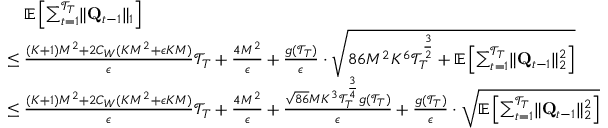
\begin{array} { r l } & { \quad \mathbb E \left[ \sum _ { t = 1 } ^ { \mathcal T _ { T } } \lVert \mathbf Q _ { t - 1 } \rVert _ { 1 } \right] } \\ & { \le \frac { ( K + 1 ) M ^ { 2 } + 2 C _ { W } ( K M ^ { 2 } + \epsilon K M ) } \epsilon \mathcal T _ { T } + \frac { 4 M ^ { 2 } } { \epsilon } + \frac { g ( \mathcal T _ { T } ) } \epsilon \cdot \sqrt { 8 6 M ^ { 2 } K ^ { 6 } \mathcal T _ { T } ^ { \frac 3 2 } + \mathbb E \left[ \sum _ { t = 1 } ^ { \mathcal T _ { T } } \lVert \mathbf Q _ { t - 1 } \rVert _ { 2 } ^ { 2 } \right] } } \\ & { \le \frac { ( K + 1 ) M ^ { 2 } + 2 C _ { W } ( K M ^ { 2 } + \epsilon K M ) } \epsilon \mathcal T _ { T } + \frac { 4 M ^ { 2 } } { \epsilon } + \frac { \sqrt { 8 6 } M K ^ { 3 } \mathcal T _ { T } ^ { \frac 3 4 } g ( \mathcal T _ { T } ) } { \epsilon } + \frac { g ( \mathcal T _ { T } ) } \epsilon \cdot \sqrt { \mathbb E \left[ \sum _ { t = 1 } ^ { \mathcal T _ { T } } \lVert \mathbf Q _ { t - 1 } \rVert _ { 2 } ^ { 2 } \right] } } \end{array}